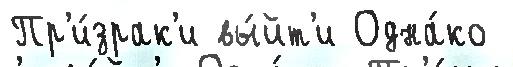
Пр'и́зрак'и вы́йт'и Одна́ко